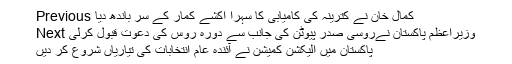
Previous کمال خان نے کترینہ کی کامیابی کا سہرا اکشے کمار کے سر باندھ دیا
Next وزیراعظم پاکستان نےروسی صدر پیوٹن کی جانب سے دورہ روس کی دعوت قبول کرلی
پاکستان میں الیکشن کمیشن نے آئندہ عام انتخابات کی تیاریاں شروع کر دیں